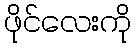
ဖိုင်လေးကို